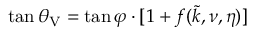
\tan { \theta _ { \mathrm { V } } } = \tan { \varphi } \cdot [ 1 + f ( \tilde { k } , \nu , \eta ) ]